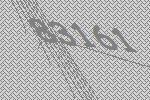
83161